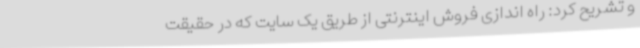
و تشریح کرد: راه اندازی فروش اینترنتی از طریق یک سایت که در حقیقت